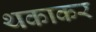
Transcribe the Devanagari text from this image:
थकाकर